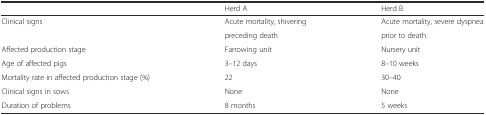
|  | Herd A | Herd B |
 | --- | --- | --- |
 | Clinical signs | Acute mortality, shivering | Acute mortality, severe dyspnea |
 |  | preceding death | prior to death |
 | Affected production stage | Farrowing unit | Nursery unit |
 | Age of affected pigs | 3–12 days | 8–10 weeks |
 | Mortality rate in affected production stage (%) | 22 | 30–40 |
 | Clinical signs in sows | None | None |
 | Duration of problems | 8 months | 5 weeks |